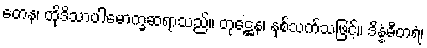
တေန၊ ထိုဒိသာပါမောက္ခဆရာသည်။ တုဋ္ဌေန၊ နှစ်သက်သဖြင့်။ ဒိန္နံဓီတရံ၊